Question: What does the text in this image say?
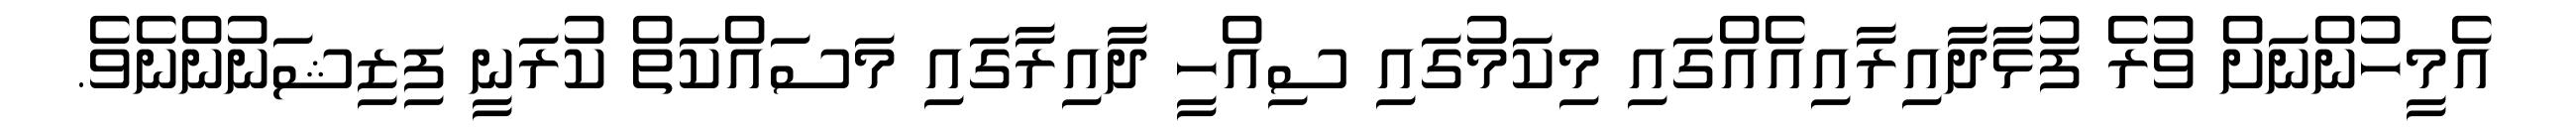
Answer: އެމީހުންނަށް ވުރެ ފުޅާދާއިރާއިއެއްގައި މިކަމުގައި ސިއްހީ ދާއިރާގައި މަސައްކަތް ކުރަނީ ފިޒިޝަނުންނެވެ.